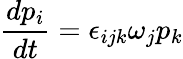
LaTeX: \frac{dp_{i}}{dt}=\epsilon_{ijk}\omega_{j}p_{k}